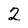
Character: 2